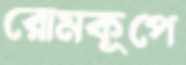
রোমকূপে